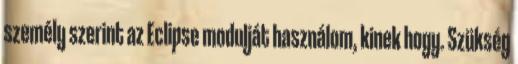
személy szerint az Eclipse modulját használom, kinek hogy. Szükség